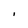
Character: I